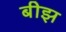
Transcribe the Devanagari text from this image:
बीझ